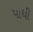
પાધી